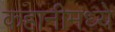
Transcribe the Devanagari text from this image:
कहानीमध्ये